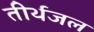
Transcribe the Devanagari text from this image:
तीर्थजल